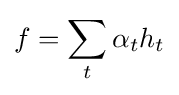
f=\sum _{t}\alpha _{t}h_{t}